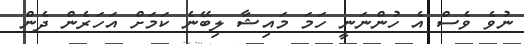
ނުވެ ވެސް އެ ހުންނަނީ ހަމަ މައިޝާ ލިބޭނެ ކަމަށް އަހަރެން ދެން